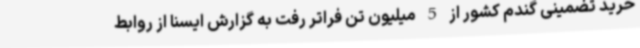
خرید تضمینی گندم کشور از 5 میلیون تن فراتر رفت به گزارش ایسنا از روابط